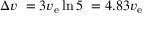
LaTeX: \Delta v \ = 3 v _ { \mathrm { e } } \ln 5 \ = 4 . 8 3 v _ { \mathrm { e } }